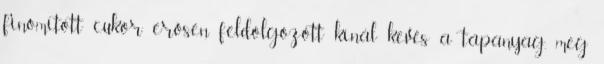
finomított cukor erősen feldolgozott kínál kevés a tápanyag, meg